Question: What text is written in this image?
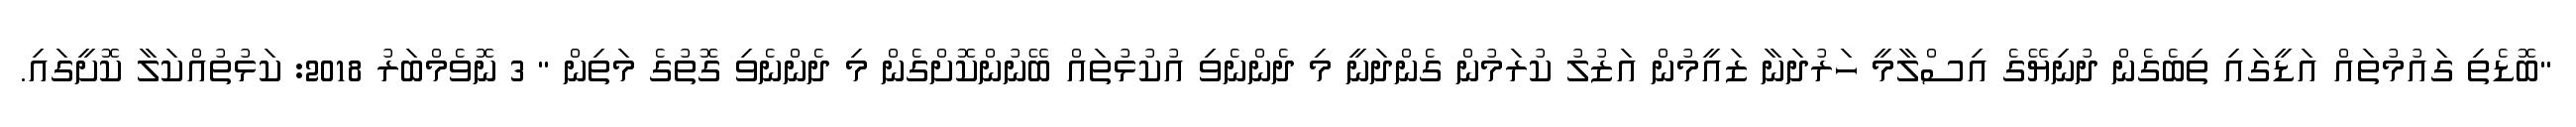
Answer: "ބޮޑެތި ގައުމުތައް އަޑީގައި ތިބެގެން ދުނިޔޭގެ އިސްލާމީ ހަރުދަނާ ޒައީމުން އަޒުލު ކުރަމުން ގެންދަނީ މި ދެންނެވި އުކުޅުތައް ބޭނުންކޮށްގެން މި ދެންނެވި ގޮތުގެ މަތިން " 3 ނޮވެމްބަރު 2018: ކަޅުތުއްކަލާ ކޮށީގައި.